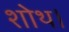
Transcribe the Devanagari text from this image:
शोथ।